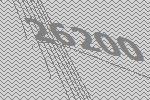
26200